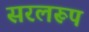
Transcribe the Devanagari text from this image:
सरलरूप